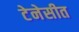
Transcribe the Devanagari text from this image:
टेनेसीत